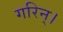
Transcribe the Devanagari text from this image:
गरिन्।